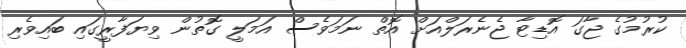
ކުރުމުގެ ޖާގަ އޮޑިޓާ ޖެނެރަލްއަށް އޮތް ނަމަވެސް އަމަލީ ގޮތުން ވިޔަފާރީގައި ބައިވެރި